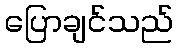
ပြောချင်သည်